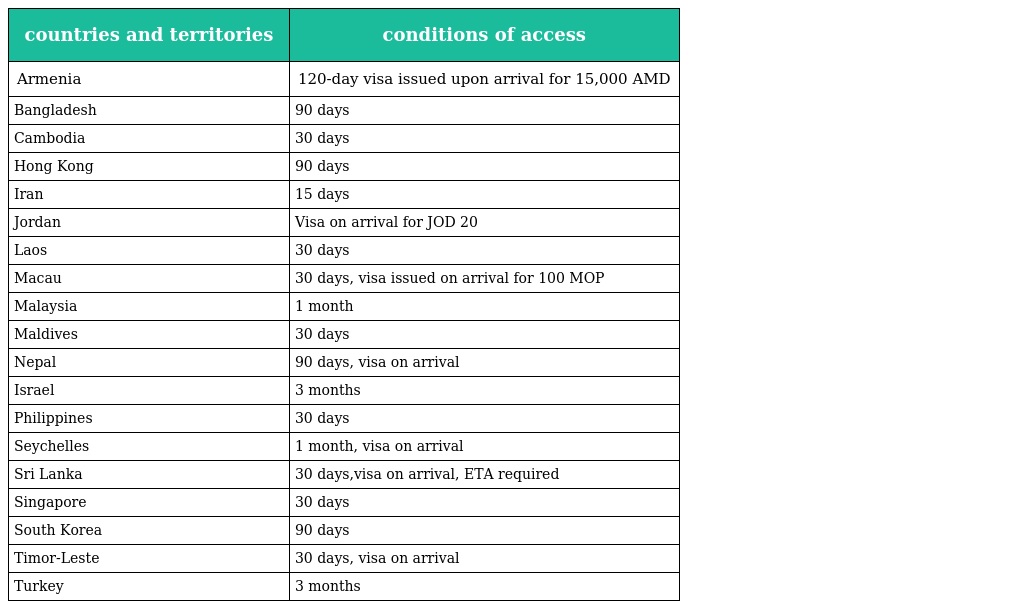
| countries and territories | conditions of access |
 | --- | --- |
 | Armenia | 120-day visa issued upon arrival for 15,000 AMD |
 | Bangladesh | 90 days |
 | Cambodia | 30 days |
 | Hong Kong | 90 days |
 | Iran | 15 days |
 | Jordan | Visa on arrival for JOD 20 |
 | Laos | 30 days |
 | Macau | 30 days, visa issued on arrival for 100 MOP |
 | Malaysia | 1 month |
 | Maldives | 30 days |
 | Nepal | 90 days, visa on arrival |
 | Israel | 3 months |
 | Philippines | 30 days |
 | Seychelles | 1 month, visa on arrival |
 | Sri Lanka | 30 days,visa on arrival, ETA required |
 | Singapore | 30 days |
 | South Korea | 90 days |
 | Timor-Leste | 30 days, visa on arrival |
 | Turkey | 3 months |